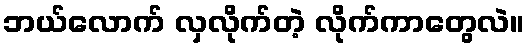
ဘယ်လောက် လှလိုက်တဲ့ လိုက်ကာတွေလဲ။